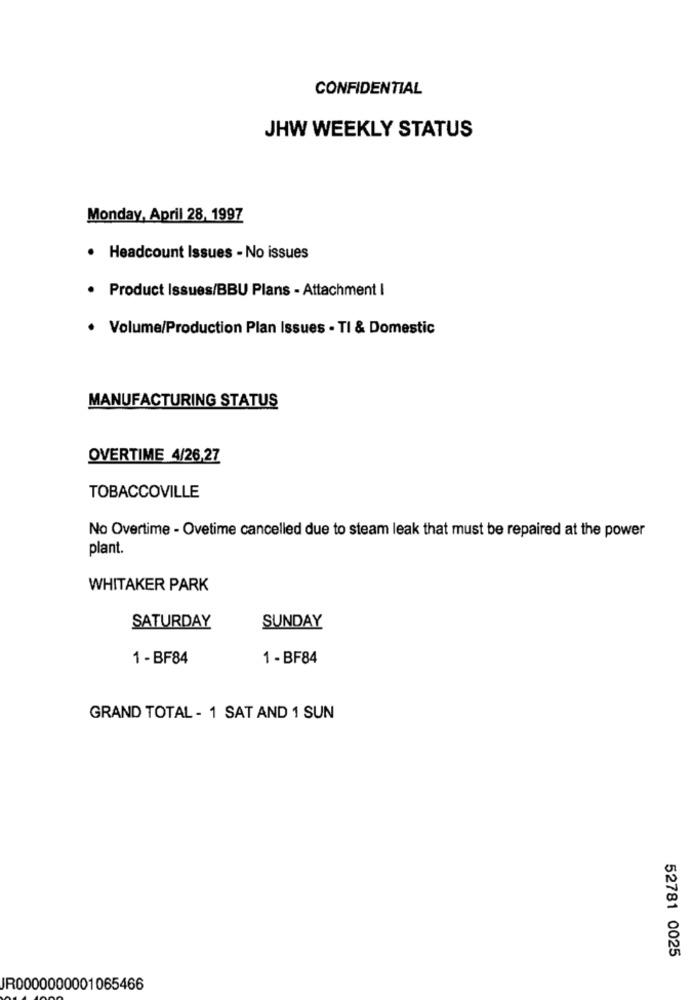
CONFIDENTIAL
JHW WEEKLY STATUS
Monday, April 28, 1997
· Headcount Issues - No issues
· Product Issues/BBU Plans - Attachment I
· Volume/Production Plan Issues - TI & Domestic
MANUFACTURING STATUS
OVERTIME 4/26,27
TOBACCOVILLE
No Overtime - Ovetime cancelled due to steam leak that must be repaired at the power
plant.
WHITAKER PARK
SATURDAY
SUNDAY
1 -BF84
1 -BF84
GRAND TOTAL - 1 SAT AND 1 SUN
52781 0025
IR0000000001065466